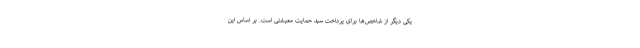
یکی دیگر از شاخص‌ها برای پرداخت سبد حمایت معیشتی است. بر اساس این